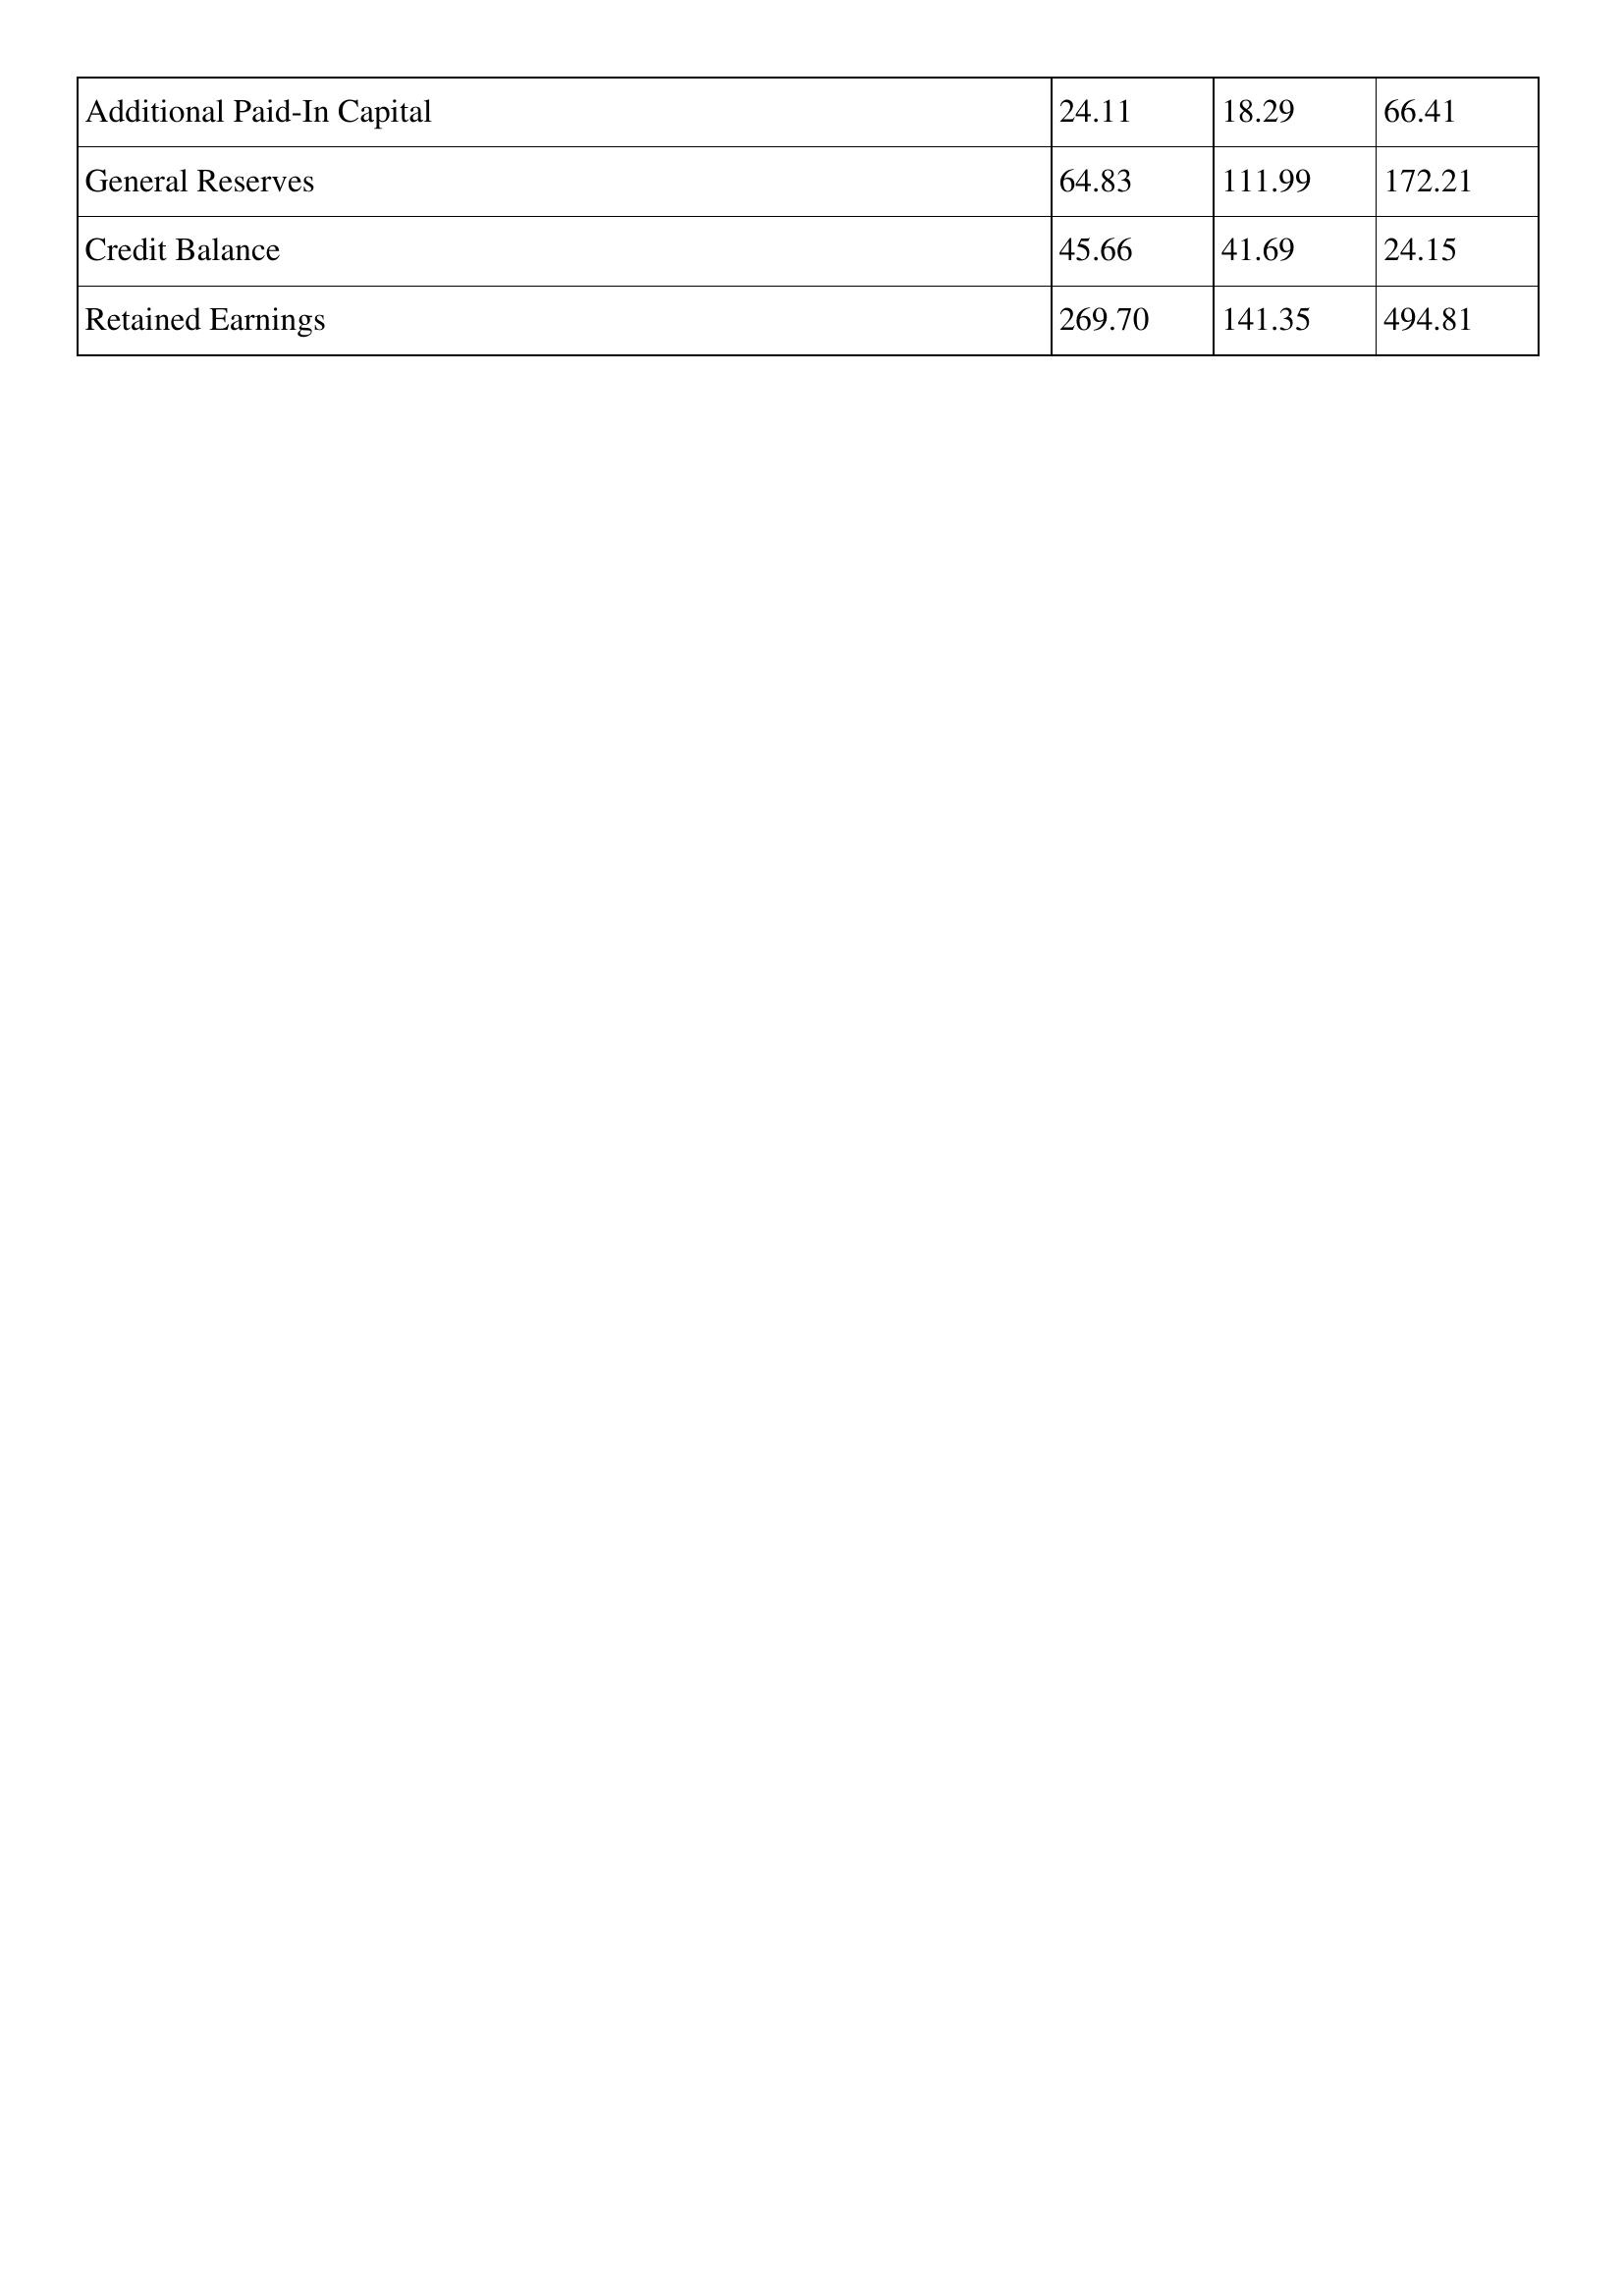
gt_parse: 2014: Additional Paid-In Capital: 24.11
General Reserves: 64.83
Credit Balance: 45.66
Retained Earnings: 269.70
2013: Additional Paid-In Capital: 18.29
General Reserves: 111.99
Credit Balance: 41.69
Retained Earnings: 141.35
2012: Additional Paid-In Capital: 66.41
General Reserves: 172.21
Credit Balance: 24.15
Retained Earnings: 494.81